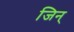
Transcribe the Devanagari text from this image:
जिन्